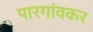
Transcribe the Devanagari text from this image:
पारगांवकर